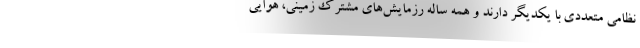
نظامی متعددی با یکدیگر دارند و همه ساله رزمایش‌های مشترک زمینی، هوایی